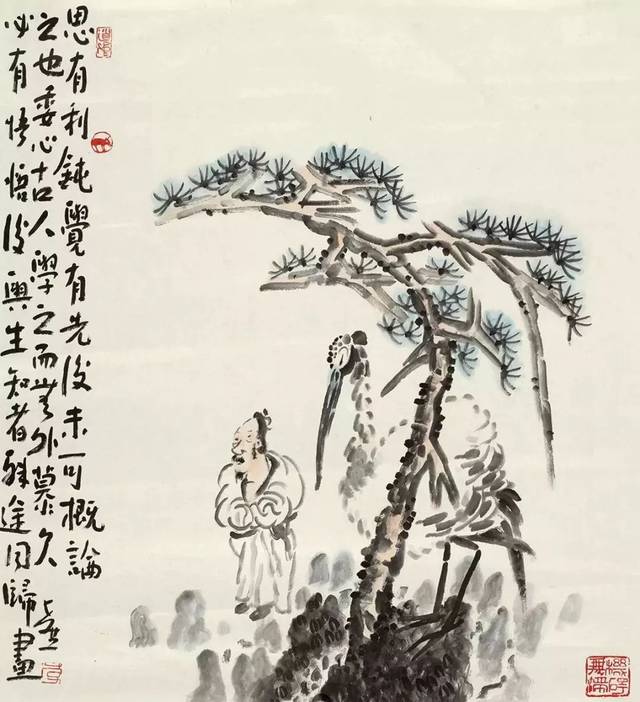
好人之所恶，恶人之所好，是谓拂人之性，灾必逮夫身。